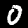
Digit: 0